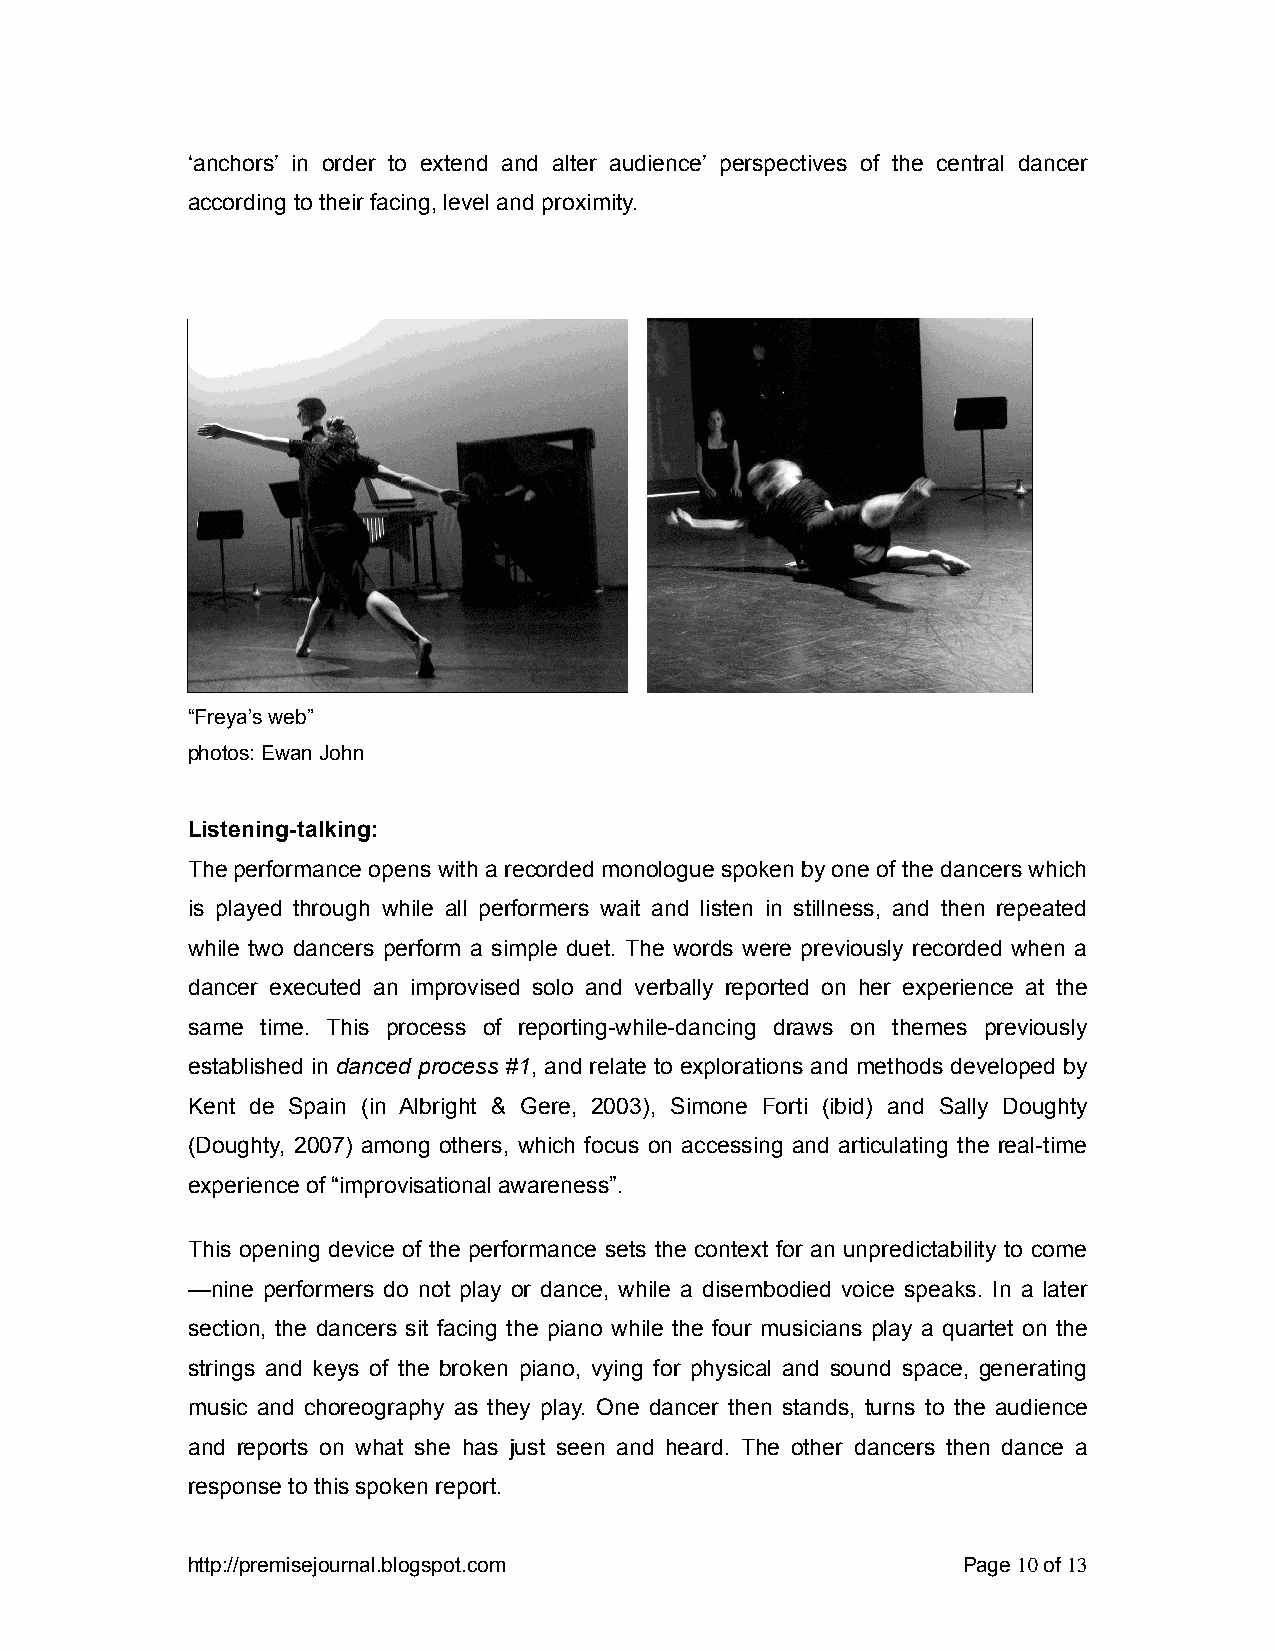
‘anchors’ in order to extend and alter audience’ perspectives of the central dancer
 according to their facing, level and proximity.
 “Freya’s web”
 photos: Ewan John
 Listening-talking:
 The performance opens with a recorded monologue spoken by one of the dancers which
 is played through while all performers wait and listen in stillness, and then repeated
 while two dancers perform a simple duet. The words were previously recorded when a
 dancer executed an improvised solo and verbally reported on her experience at the
 same time. This process of reporting-while-dancing draws on themes previously
 established in danced process #1, and relate to explorations and methods developed by
 Kent de Spain (in Albright & Gere, 2003), Simone Forti (ibid) and Sally Doughty
 (Doughty, 2007) among others, which focus on accessing and articulating the real-time
 experience of “improvisational awareness”.
 This opening device of the performance sets the context for an unpredictability to come
 —nine performers do not play or dance, while a disembodied voice speaks. In a later
 section, the dancers sit facing the piano while the four musicians play a quartet on the
 strings and keys of the broken piano, vying for physical and sound space, generating
 music and choreography as they play. One dancer then stands, turns to the audience
 and reports on what she has just seen and heard. The other dancers then dance a
 response to this spoken report.
 http://premisejournal.blogspot.com                  Page 10 of 13